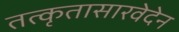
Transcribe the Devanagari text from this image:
तत्कृतासारवेदेन